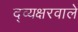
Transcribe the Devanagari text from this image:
द्व्यक्षरवाले